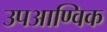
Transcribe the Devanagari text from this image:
उपआण्विक